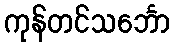
ကုန်တင်သင်္ဘော